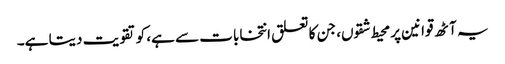
یہ آٹھ قوانین پر محیط شقوں، جن کا تعلق انتخابات سے ہے، کو تقویت دیتا ہے۔